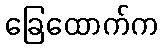
ခြေထောက်က